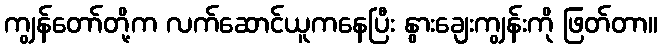
ကျွန်တော်တို့က လက်ဆောင်ယူကနေပြီး နွားချေးကျွန်းကို ဖြတ်တာ။